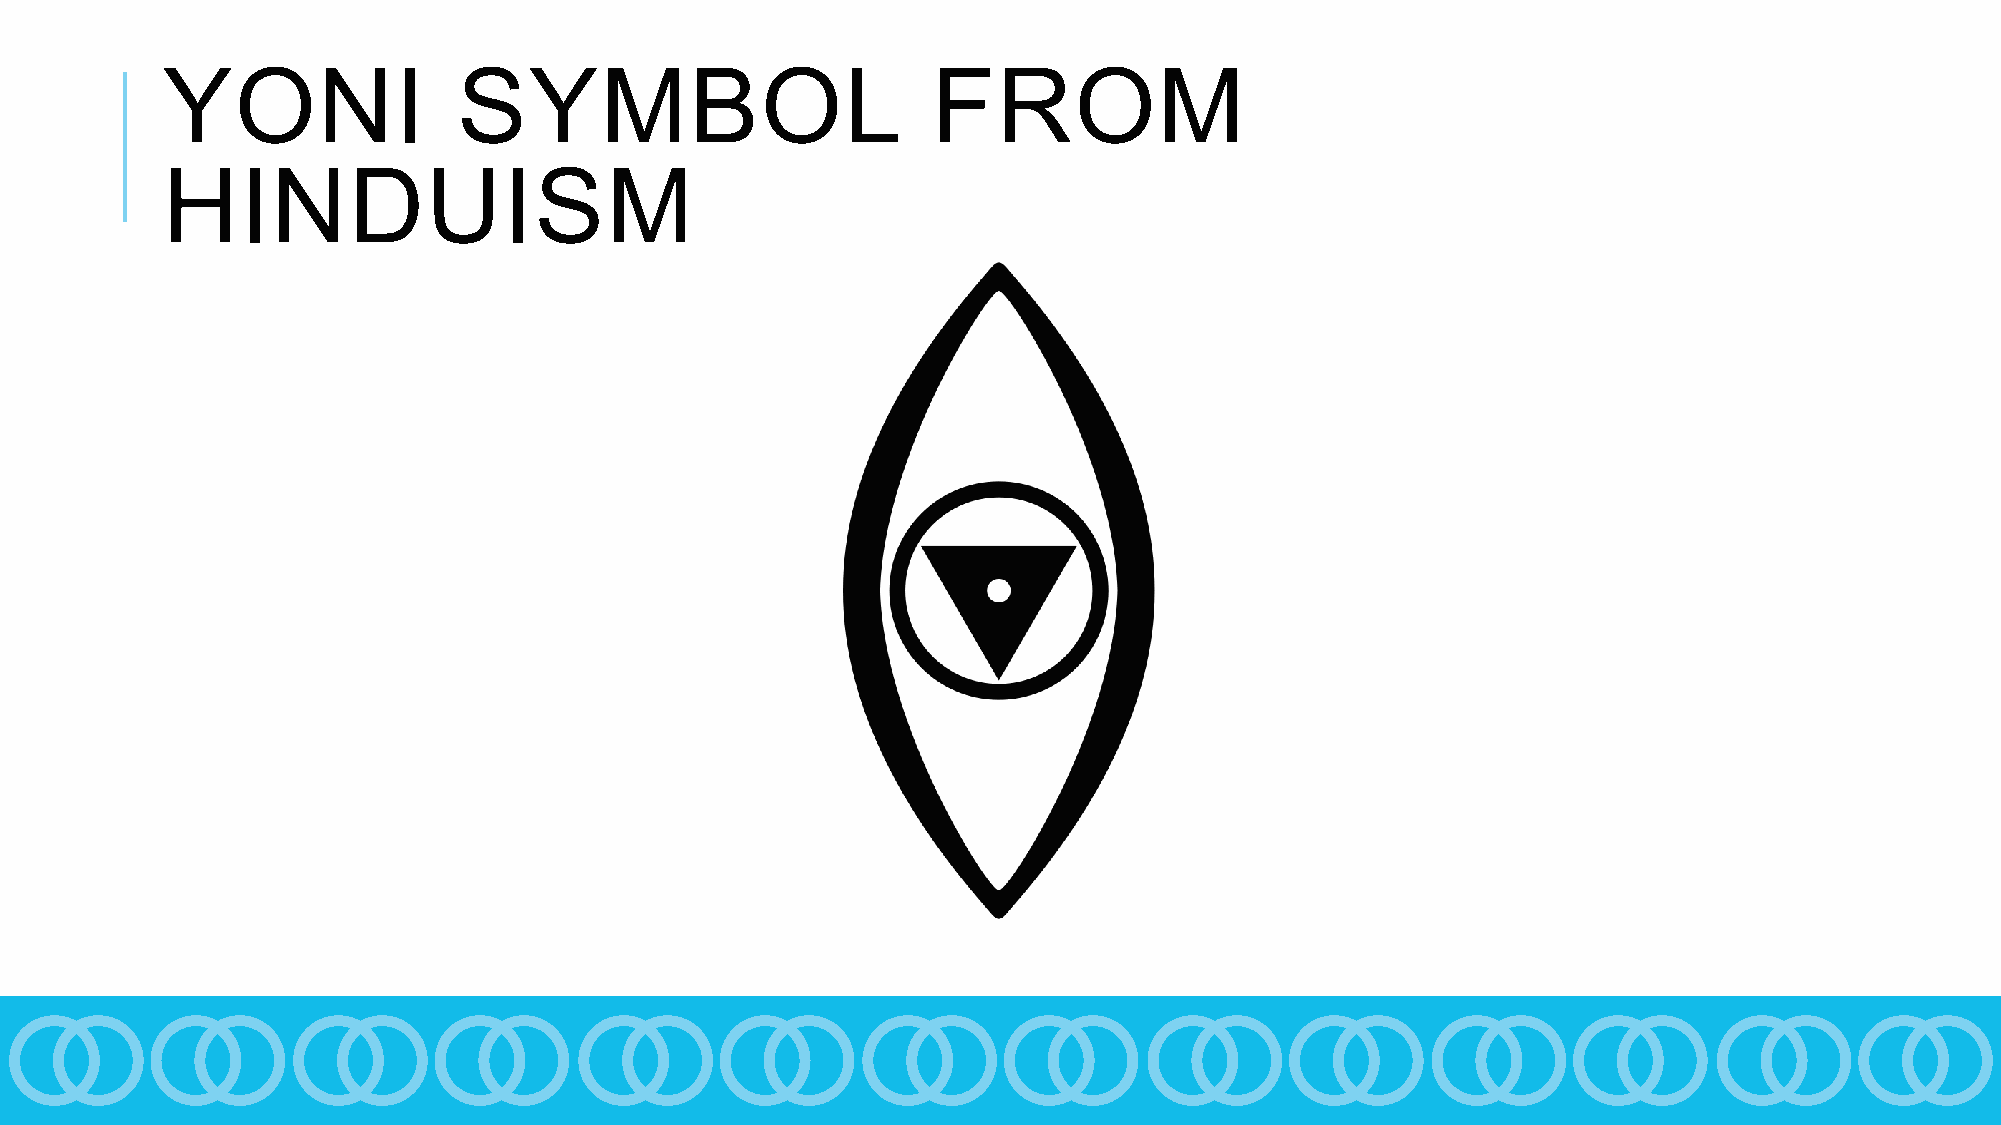
YONI               SYMBOL                          FROM
 HINDUISM